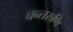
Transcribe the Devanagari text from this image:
चन्तरुणि